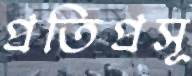
প্রতিপ্রসূ